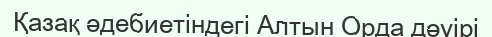
Қазақ әдебиетіндегі Алтын Орда дәуірі